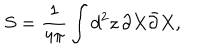
LaTeX: S = \frac { 1 } { 4 \pi } \int d ^ { 2 } z \, \partial X \bar { \partial } X ,